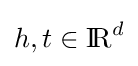
h,t\in {\rm {I\!R}}^{d}